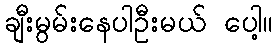
ချီးမွမ်းနေပါဦးမယ် ပေါ့။